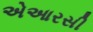
એઆરસી